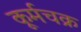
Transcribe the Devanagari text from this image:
कूर्मचक्र